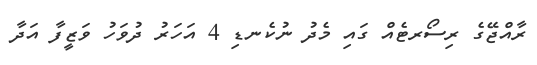
ރާއްޖޭގެ ރިސޯރޓެއް ގައި މެދު ނުކެނޑި 4 އަހަރު ދުވަހު ވަޒީފާ އަދާ